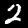
Label: 2